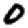
Digit: 0